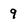
Character: 9